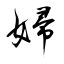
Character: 婦